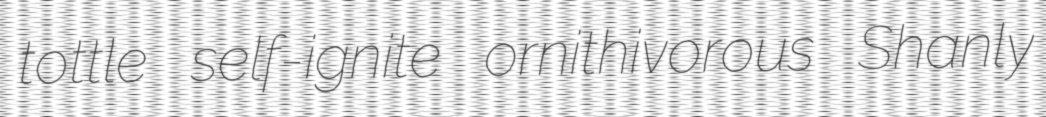
tottle self-ignite ornithivorous Shanly